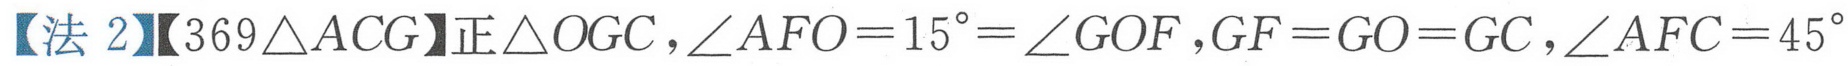
【法 2】【369$\triangle ACG$】正$\triangle OGC$，$\angle AFO = 15^{\circ}=\angle GOF$，$GF = GO = GC$，$\angle AFC = 45^{\circ}$